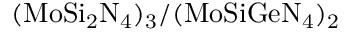
\mathrm { ( M o S i _ { 2 } N _ { 4 } ) _ { 3 } / ( M o S i G e N _ { 4 } ) _ { 2 } }